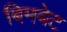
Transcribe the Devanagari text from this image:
बिमबेट